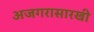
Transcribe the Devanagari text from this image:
अजगरासारखी